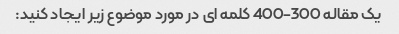
یک مقاله 300-400 کلمه ای در مورد موضوع زیر ایجاد کنید: